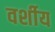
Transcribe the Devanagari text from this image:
वर्शीय